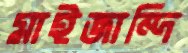
মাইজান্দি